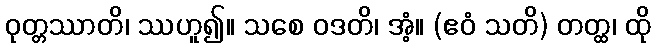
ဝုတ္တဿာတိ၊ ဿဟူ၍။ သစေ ဝဒတိ၊ အံ့။ (ဧဝံ သတိ) တတ္ထ၊ ထို